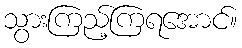
သွားကြည့်ကြရအောင်။